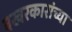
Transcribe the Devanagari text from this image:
बखरकारांच्या